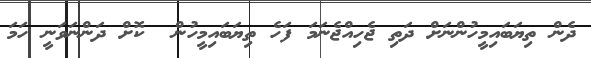
ދެން ތިޔަބައިމީހުންނަށް ދަތި ޖެހިއްޖެނަމަ ފަހެ ތިޔަބައިމީހުން  ކޮށް ދަންނަވަނީ ހަމަ